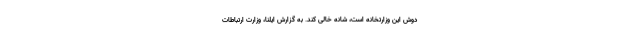
دوش این وزارتخانه است، شانه خالی کند. به گزارش ایلنا، وزارت ارتباطات